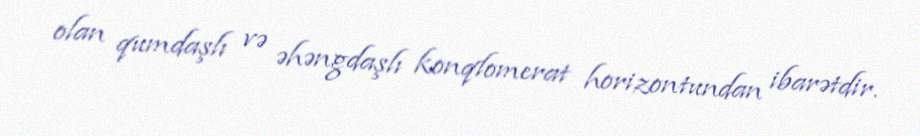
olan qumdaşlı və əhəngdaşlı konqlomerat horizontundan ibarətdir.